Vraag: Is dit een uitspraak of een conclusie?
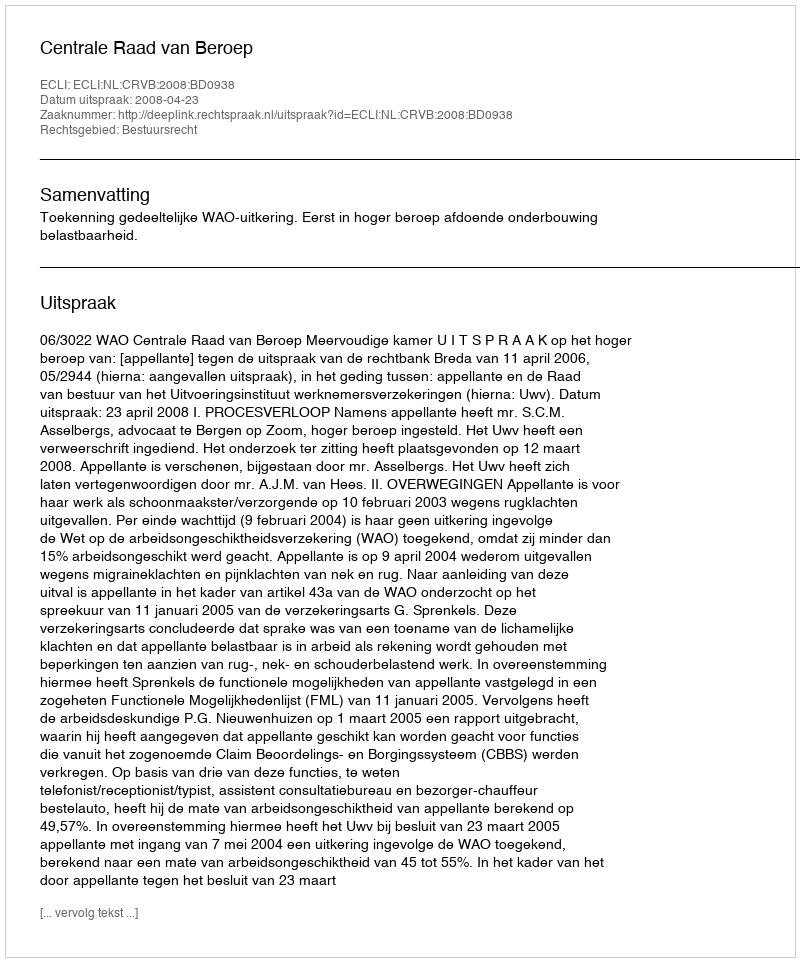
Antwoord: Uitspraak